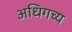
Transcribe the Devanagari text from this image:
अधिगच्य